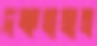
দক্ষতামান